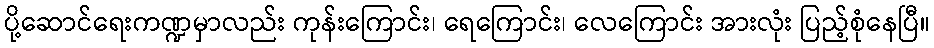
ပို့ဆောင်ရေးကဏ္ဍမှာလည်း ကုန်းကြောင်း၊ ရေကြောင်း၊ လေကြောင်း အားလုံး ပြည့်စုံနေပြီ။